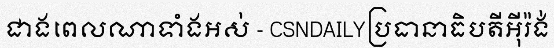
ជាងពេលណាទាំងអស់ - CSNDAILYប្រធានាធិបតីអ៊ីរ៉ង់